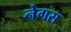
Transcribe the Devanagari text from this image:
नेगस